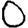
Digit: 0